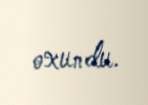
oxundu.